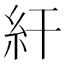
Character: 𥾍